Civil Veterinary Dept. North-West Frontier Province 1933-46 - 1933-1946
Year: 1933
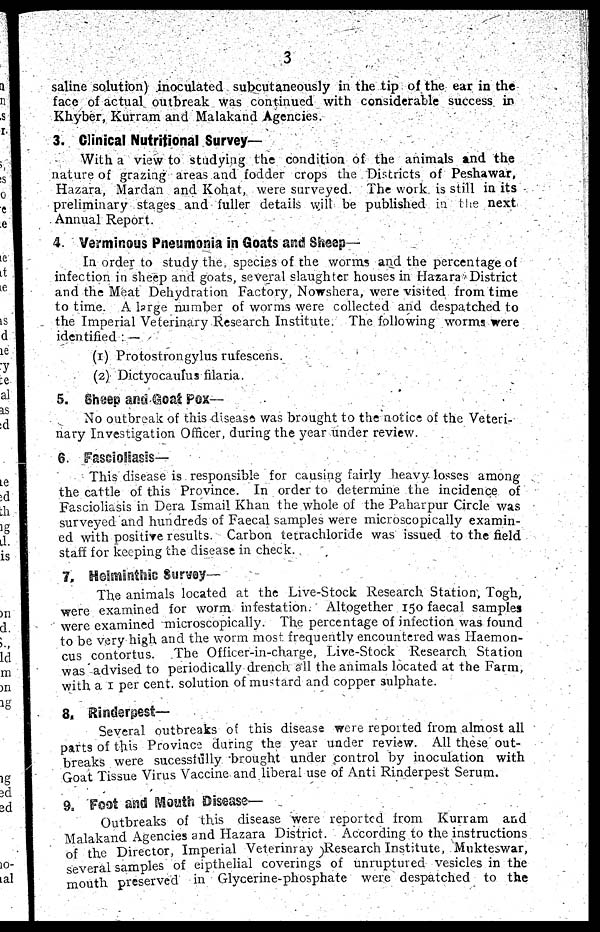
3
saline solution) inoculated subcutaneously in the tip of the ear in the
face of actual outbreak was continued with considerable success in
Khyber, Kurram and Malakand Agencies.
3. Clinical Nutritional Survey—
With a view to studying the condition of the animals and the
nature of grazing areas and fodder crops the Districts of Peshawar,
Hazara, Mardan and Kohat, were surveyed. The work is still in its
preliminary stages and fuller details will be published in the next
Annual Report.
4. Verminous Pneumonia in Goats and Sheep—
In order to study the species of the worms and the percentage of
infection in sheep and goats, several slaughter houses in Hazara District
and the Meat Dehydration Factory, Nowshera, were visited from time
to time. A large number of worms were collected and despatched to
the Imperial Veterinary Research Institute. The following worms were
identified:—
(1) Protostrongylus rufescens.
(2) Dictyocaulus frlaria.
5. Sheep and Goat Pox—
No outbreak of this disease was brought to the notice of the Veteri-
nary Investigation Officer, during the year under review.
6. Fascioliasis—
This disease is responsible for causing fairly heavy losses among
the cattle of this Province. In order to determine the incidence of
Fascioliasis in Dera Ismail Khan the whole of the Paharpur Circle was
surveyed and hundreds of Faecal samples were microscopically examin-
ed with positive results. Carbon tetrachloride was issued to the field
staff for keeping the disease in check.
7. Helminthic Survey—
The animals located at the Live-Stock Research Station, Togh,
were examined for worm infestation. Altogether 150 faecal samples
were examined microscopically. The percentage of infection was found
to be very high and the worm most frequently encountered was Haemon-
cus contortus. The Officer-in-charge, Live-Stock Research Station
was advised to periodically drench all the animals located at the Farm,
with a 1 per cent. solution of mustard and copper sulphate.
8. Rinderpest—
Several outbreaks of this disease were reported from almost all
parts of this Province during the year under review. All these out-
breaks were sucessfully brought under control by inoculation with
Goat Tissue Virus Vaccine and liberal use of Anti Rinderpest Serum.
9. Foot and Mouth Disease—
Outbreaks of this disease were reported from Kurram and
Malakand Agencies and Hazara District. According to the instructions
of the Director, Imperial Veterinary Research Institute, Mukteswar,
several samples of eipthelial coverings of unruptured vesicles in the
mouth preserved in Glycerine-phosphate were despatched to the